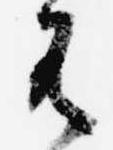
有